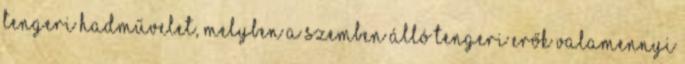
tengeri hadművelet, melyben a szemben álló tengeri erők valamennyi